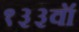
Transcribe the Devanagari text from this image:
१३३वॉ